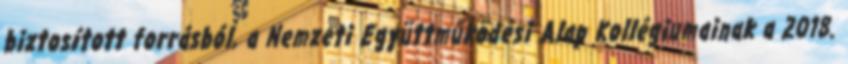
biztosított forrásból, a Nemzeti Együttműködési Alap Kollégiumainak a 2018.